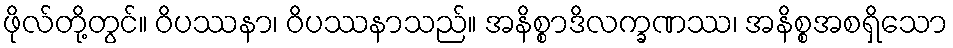
ဖိုလ်တို့တွင်။ ဝိပဿနာ၊ ဝိပဿနာသည်။ အနိစ္စာဒိလက္ခဏဿ၊ အနိစ္စအစရှိသော